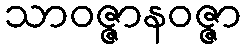
သာဝဇ္ဇာနဝဇ္ဇာ